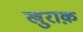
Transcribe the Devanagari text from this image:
खुराक़